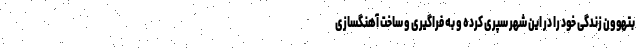
بتهوون زندگی خود را در این شهر سپری کرده و به فراگیری و ساخت آهنگسازی